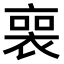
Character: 𧚾